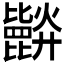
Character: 𣬘